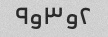
۲و۳و۹